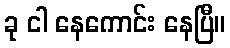
ခု ငါ နေကောင်း နေပြီ။